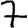
Digit: 7